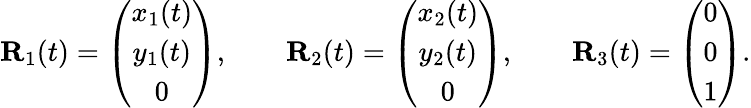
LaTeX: \begin{array}{r}{{\mathbf R}_{1}(t)=\left(\begin{array}{c}{x_{1}(t)}\\ {y_{1}(t)}\\ {0}\end{array}\right),\qquad{\mathbf R}_{2}(t)=\left(\begin{array}{c}{x_{2}(t)}\\ {y_{2}(t)}\\ {0}\end{array}\right),\qquad{\mathbf R}_{3}(t)=\left(\begin{array}{c}{0}\\ {0}\\ {1}\end{array}\right).}\end{array}